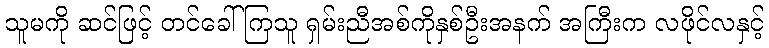
သူမကို ဆင်ဖြင့် တင်ခေါ်ကြသူ ရှမ်းညီအစ်ကိုနှစ်ဦးအနက် အကြီးက လဖိုင်လနှင့်